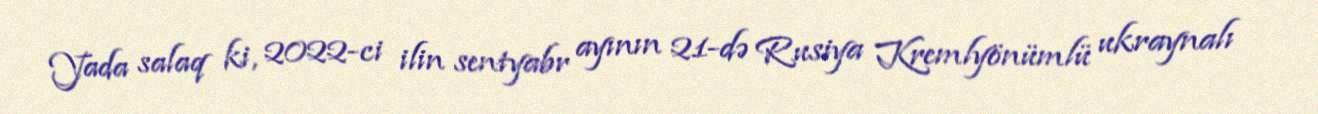
Yada salaq ki, 2022-ci ilin sentyabr ayının 21-də Rusiya Kremlyönümlü ukraynalı